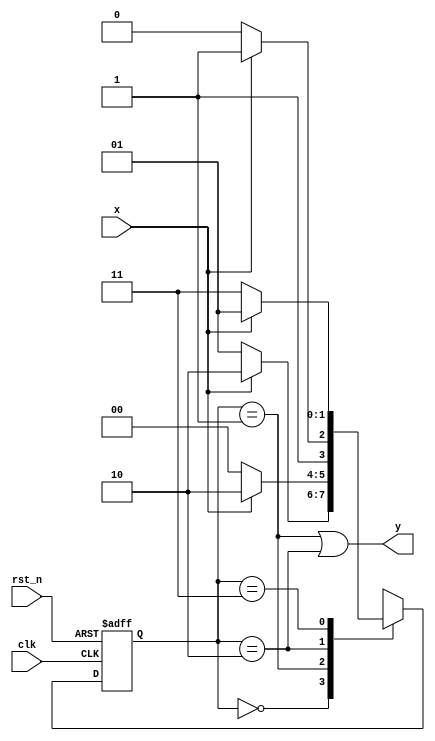
module MooreMachine(//  state  
clk, rst_n, x, y
    );
    input clk, rst_n;
    input x;
    output y;
    
    localparam S0 = 2'b00,
               S1 = 2'b01,
               S2 = 2'b10,
               S3 = 2'b11;
    reg [1:0] present_state, next_state;
    
    always @(present_state or x) begin
      case(present_state)
        S0: if(x) next_state = S2;
            else next_state = S1;
        S1: if(x) next_state = S2;
            else next_state = S0;
        S2: if(x) next_state = S3;
            else next_state = S2;
        S3: if(x) next_state = S1;
            else next_state = S3;
        default: next_state = S0;
      endcase    
    end
    
    always @(posedge clk or negedge rst_n) begin
      if(!rst_n) present_state <= S0;
      else       present_state <= next_state;
    end
    
    assign y = (present_state == S1 || present_state == S2);
endmodule